Vaccination in Bombay 1889-1901 - 1889-1901
Year: 1889
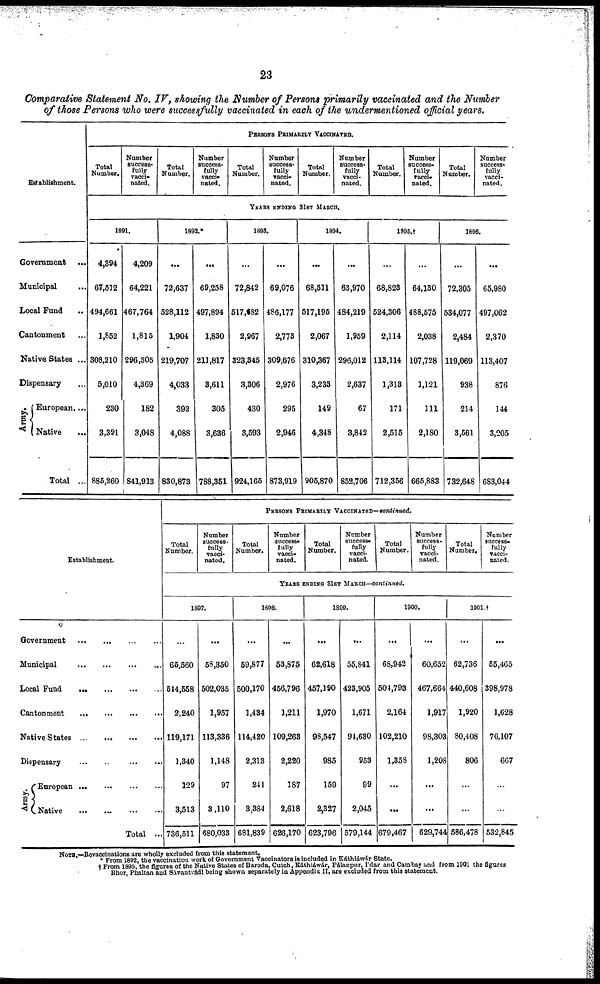
23
Comparative Statement No. IV, showing the Number of Persons primarily vaccinated and the Number
of those Persons who were successfully vaccinated in each of the undermentioned official years.
Establishment.
Government ...
Municipal ...
Local Fond ...
Cantonment ...
Native States ...
Dispensary ...
Army.
European....
Native ...
Total ...
PERSONS PRIMARILY VACCINATED.
Total
Number.
Number
success-
fully
vacci-
nated.
Total
Number.
Number
success-
fully
vacci-
nated.
Total
Number.
Number
success-
fully
vacci-
nated.
Total
Number.
Number
success-
fully
vacci-
nated.
Total
Number.
Number
success-
fully
vacci-
nated.
Total
Number.
Number
success-
fully
vacci-
nated.
YEARS ENDING 31ST MARCH.
1891.
4,394
67,512
494,661
1,852
308,210
5,010
230
3,391
885,260
4,209
64,221
467,764
1,815
296,305
4,369
182
3,048
841,913
1892.*
...
72,637
528,112
1,904
219,707
4,033
392
4,088
830,873
...
69,258
497,894
1,830
211,817
3,611
305
3,636
788,351
1893.
...
72,842
517,682
2,967
323,345
3,306
430
3,593
924,165
...
69,076
486,177
2,773
309,676
2,976
295
2,946
873,919
1894.
...
68,511
517,195
2,067
310,367
3,233
149
4,348
905,870
...
63,970
484,219
1,959
296,012
2,637
67
3,842
852,706
1895.†
...
68,823
524,306
2,114
113,114
1,313
171
2,515
712,356
...
64,130
488,575
2,038
107,728
1,121
111
2,180
665,883
1896.
...
72,305
534,077
2,484
119,069
938
214
3,561
732,648
...
65,980
497,062
2,370
113,407
876
144
3,205
683,044
Establishment
Government
...
...
...
...
Municipal
...
...
...
...
Local Fund
... ... ... ...
Cantonment
...
...
...
...
Native States
...
...
...
...
Dispensary
...
...
...
...
Army.
European
...
...
...
...
Native
... ... ... ...
Total ...
PERSONS PRIMARILY VACCINATED—continued.
Total
Number.
Number
success-
fully
vacci-
nated.
Total
Number.
Number
success¬
fully
vacci-
nated.
Total
Number.
Number
success-
fully
vacci-
nated.
Total
Number.
Number
success-
fully
vacci-
nated.
Total
Number.
Number
success-
fully
vacci-
nated.
YEARS ENDING 31ST MARCH—continued.
1897.
...
65,560
544,558
2,240
119,171
1,340
129
3,513
736,511
...
58,350
502,035
1,957
113,336
1,148
97
3,110
680,033
1898.
...
59,877
500,170
1,434
114,420
2,313
241
3,384
681,839
...
53,875
456,796
1,211
109,263
2,220
187
2,618
626,170
1899.
...
62,618
457,190
1,970
98,547
985
159
2,327
623,796
...
55,841
423,905
1,671
91,630
953
99
2,045
579,144
1900.
...
68,942
504,793
2,164
102,210
1,358
...
...
679,467
...
60,652
467,664
1,917
98,303
1,208
...
...
629,744
1901. †
...
62,736
440,608
1,920
80,408
806
...
...
586,478
...
55,465
398,978
1,628
76,107
667
...
...
532,845
NOTE.—Revaccinations are wholly excluded from this statement.
* From 1892, the vaccination work of Government Vaccinators is included in Káthiáwár State.
† From 1895, the figures of the Native States of Baroda, Cutch, Káthiáwár, Pálanpur, I'dar and Cambay and from 1901 the figures
Bhor, Phaltan and Sávantvádi being shown separately in Appendix II, are excluded from this statement.